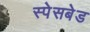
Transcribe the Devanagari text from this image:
स्पेसबेड